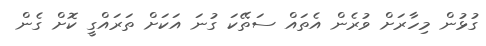
ގުޅުން މިހާރަށް ވުރެން އެތައް ސަތޭކަ ގުނަ އަކަށް ތަރައްގީ ކޮށް ގެން